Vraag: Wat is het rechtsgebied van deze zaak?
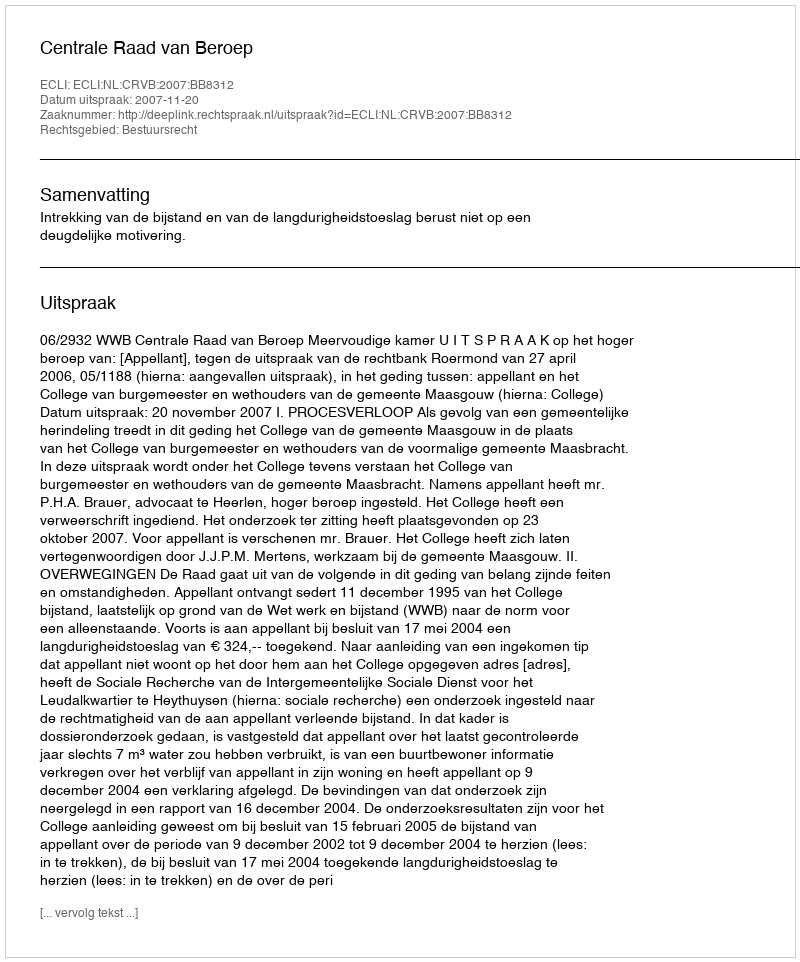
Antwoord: Bestuursrecht